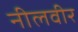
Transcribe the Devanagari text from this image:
नीलवीर